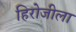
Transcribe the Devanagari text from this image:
हिरोजीला